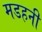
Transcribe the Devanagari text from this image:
मडहनी